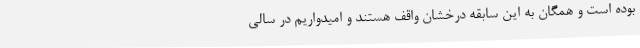
بوده است و همگان به این سابقه درخشان واقف هستند و امیدواریم در سالی